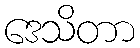
ဒေသိတာ